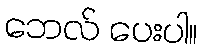
ဘေလ် ပေးပါ။